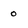
Character: 0